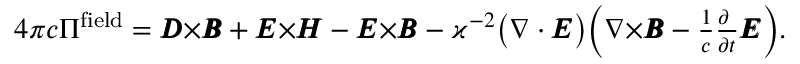
\textstyle 4 \pi c \boldsymbol { \Pi } ^ { \mathrm { \tiny { f i e l d } } } = \pmb { { \cal D } } { \boldsymbol \times } \pmb { { \cal B } } + \pmb { { \cal E } } { \boldsymbol \times } \pmb { { \cal H } } - \pmb { { \cal E } } { \boldsymbol \times } \pmb { { \cal B } } - \varkappa ^ { - 2 } \big ( \nabla \cdot \pmb { { \cal E } } \big ) \Big ( \nabla { \boldsymbol \times } \pmb { { \cal B } } - \frac { 1 } { c } \frac { \partial \phantom { t } } { \partial t } \pmb { { \cal E } } \Big ) .